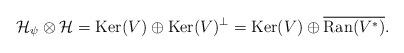
LaTeX: \begin{align*}{\mathcal H}_{\psi}\otimes{\mathcal H}=\operatorname{Ker}(V)\oplus\operatorname{Ker}(V)^\perp=\operatorname{Ker}(V)\oplus\overline{\operatorname{Ran}(V^*)}.\end{align*}